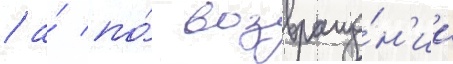
/ а́ по́ возвраще́н'ии